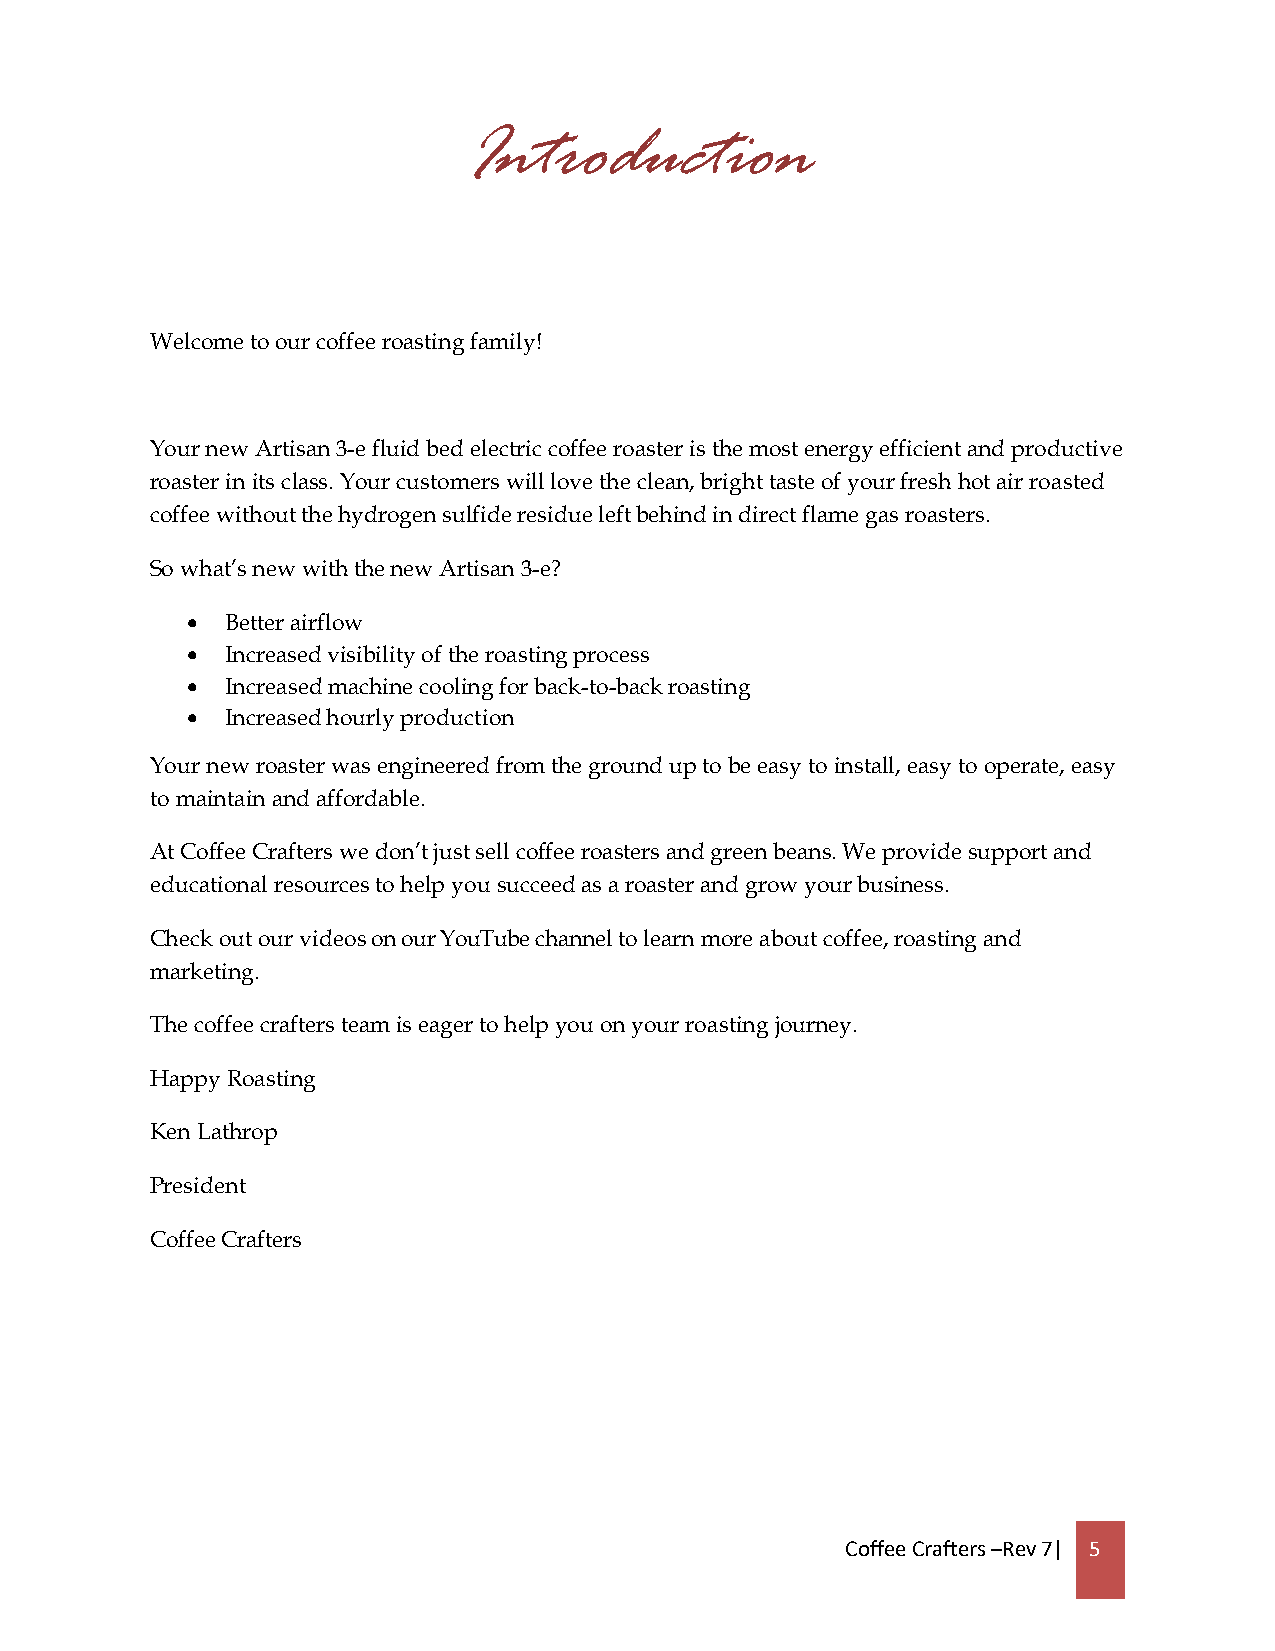
Introduction
 Welcome to our coffee roasting family!
 Your new Artisan 3-e fluid bed electric coffee roaster is the most energy efficient and productive
 roaster in its class. Your customers will love the clean, bright taste of your fresh hot air roasted
 coffee without the hydrogen sulfide residue left behind in direct flame gas roasters.
 So what’s new with the new Artisan 3-e?
   Better airflow
   Increased visibility of the roasting process
   Increased machine cooling for back-to-back roasting
   Increased hourly production
 Your new roaster was engineered from the ground up to be easy to install, easy to operate, easy
 to maintain and affordable.
 At Coffee Crafters we don’t just sell coffee roasters and green beans. We provide support and
 educational resources to help you succeed as a roaster and grow your business.
 Check out our videos on our YouTube channel to learn more about coffee, roasting and
 marketing.
 The coffee crafters team is eager to help you on your roasting journey.
 Happy Roasting
 Ken Lathrop
 President
 Coffee Crafters
 Coffee Crafters –Rev 7| 5